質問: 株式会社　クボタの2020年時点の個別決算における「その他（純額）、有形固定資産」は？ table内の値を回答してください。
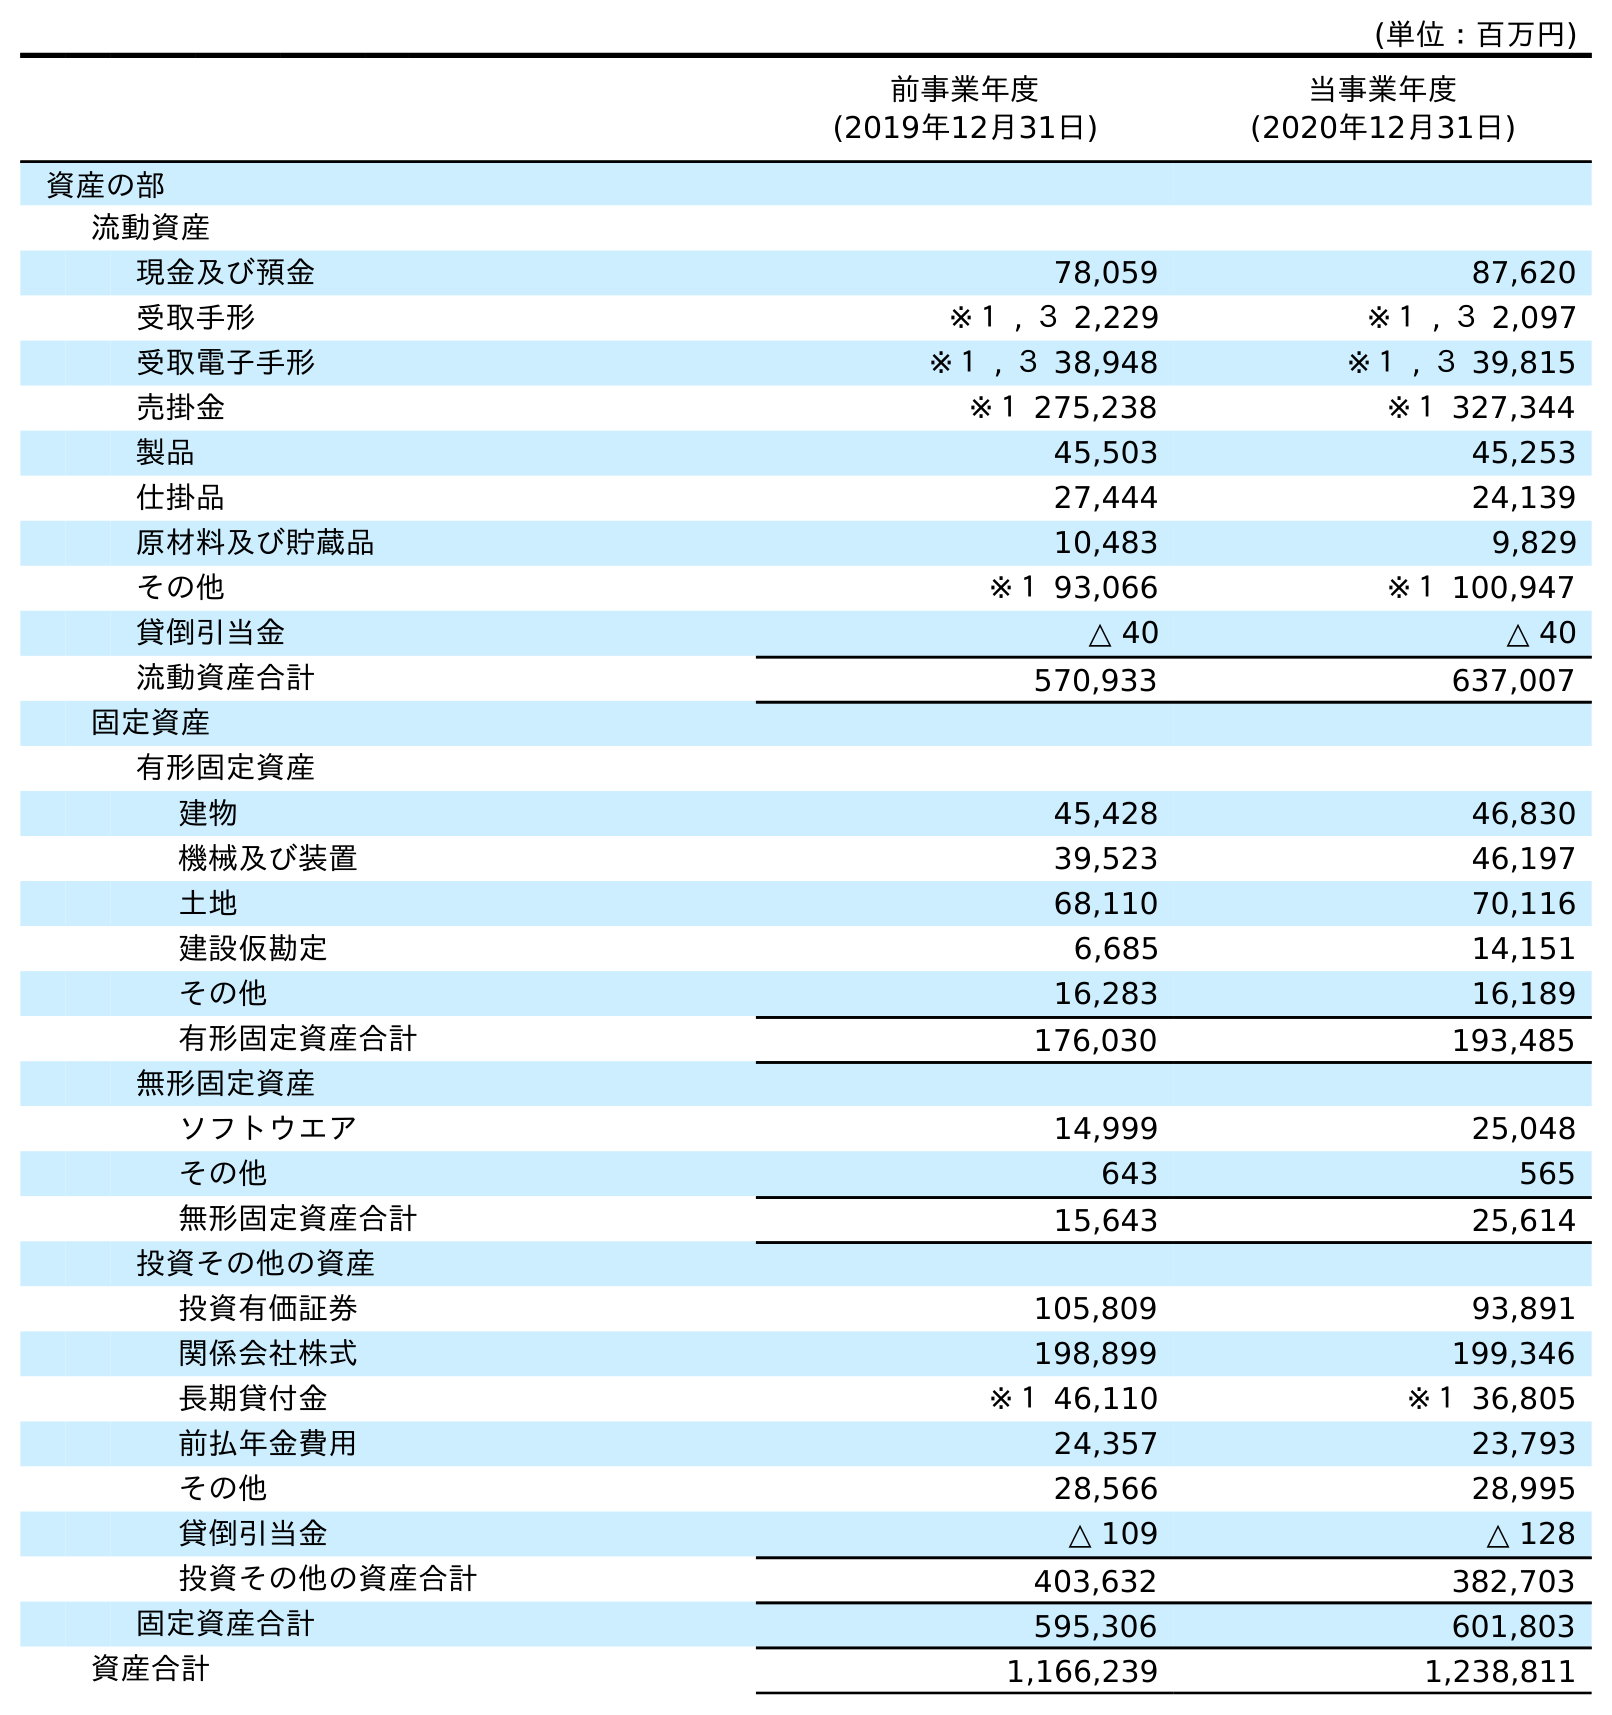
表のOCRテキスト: (単位：百万円) 前事業年度 (2019年12月31日) 当事業年度 (2020年12月31日) 資産の部 流動資産 現金及び預金 78,059 87,620 受取手形 ※１ , ３ 2,229 ※１ , ３ 2,097 受取電子手形 ※１ , ３ 38,948 ※１ , ３ 39,815 売掛金 ※１ 275,238 ※１ 327,344 製品 45,503 45,253 仕掛品 27,444 24,139 原材料及び貯蔵品 10,483 9,829 その他 ※１ 93,066 ※１ 100,947 貸倒引当金 △ 40 △ 40 流動資産合計 570,933 637,007 固定資産 有形固定資産 建物 45,428 46,830 機械及び装置 39,523 46,197 土地 68,110 70,116 建設仮勘定 6,685 14,151 その他 16,283 16,189 有形固定資産合計 176,030 193,485 無形固定資産 ソフトウエア 14,999 25,048 その他 643 565 無形固定資産合計 15,643 25,614 投資その他の資産 投資有価証券 105,809 93,891 関係会社株式 198,899 199,346 長期貸付金 ※１ 46,110 ※１ 36,805 前払年金費用 24,357 23,793 その他 28,566 28,995 貸倒引当金 △ 109 △ 128 投資その他の資産合計 403,632 382,703 固定資産合計 595,306 601,803 資産合計 1,166,239 1,238,811
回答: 16,189